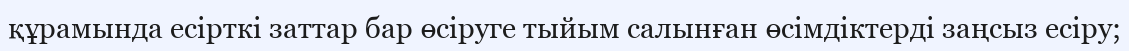
құрамында есірткі заттар бар өсіруге тыйым салынған өсімдіктерді заңсыз есіру;